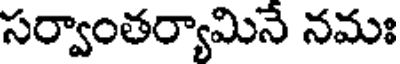
సర్వాంతర్యామినే నమః